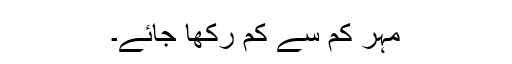
مہر کم سے کم رکھا جائے۔